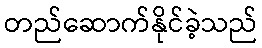
တည်ဆောက်နိုင်ခဲ့သည်